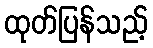
ထုတ်ပြန်သည့်